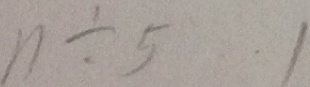
n \div 5 \cdots 1